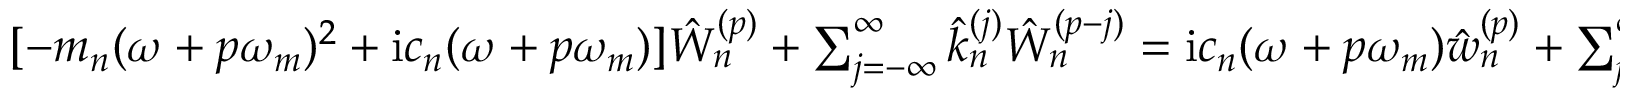
\begin{array} { r } { [ - m _ { n } ( \omega + p \omega _ { m } ) ^ { 2 } + \mathrm { i } c _ { n } ( \omega + p \omega _ { m } ) ] \hat { W } _ { n } ^ { ( p ) } + \sum _ { j = - \infty } ^ { \infty } \hat { k } _ { n } ^ { ( j ) } \hat { W } _ { n } ^ { ( p - j ) } = \mathrm { i } c _ { n } ( \omega + p \omega _ { m } ) \hat { w } _ { n } ^ { ( p ) } + \sum _ { j = - \infty } ^ { \infty } \hat { k } _ { n } ^ { ( j ) } \hat { w } _ { n } ^ { ( p - j ) } , \quad p \in \mathbb { Z } . } \end{array}